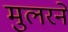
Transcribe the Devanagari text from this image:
मुलरने